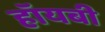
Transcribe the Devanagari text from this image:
हॉयबी